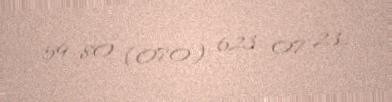
59 80 (070) 623 07 23.